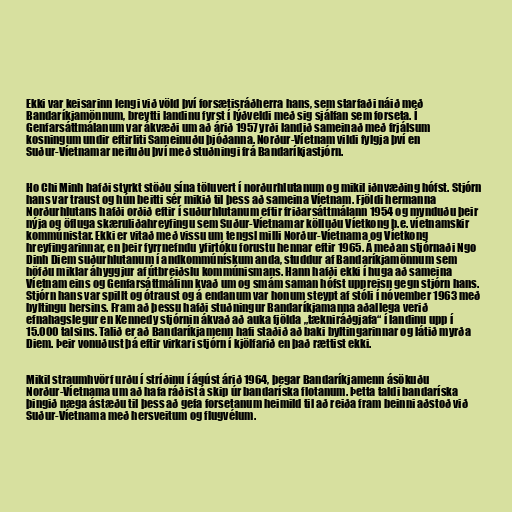
Ekki var keisarinn lengi við völd því forsætisráðherra hans, sem starfaði náið með
Bandaríkjamönnum, breytti landinu fyrst í lýðveldi með sig sjálfan sem forseta. Í
Genfarsáttmálanum var ákvæði um að árið 1957 yrði landið sameinað með frjálsum
kosningum undir eftirliti Sameinuðu þjóðanna. Norður-Víetnam vildi fylgja því en
Suður-Víetnamar neituðu því með stuðningi frá Bandaríkjastjórn.

Ho Chi Minh hafði styrkt stöðu sína töluvert í norðurhlutanum og mikil iðnvæðing hófst. Stjórn
hans var traust og hún beitti sér mikið til þess að sameina Víetnam. Fjöldi hermanna
Norðurhlutans hafði orðið eftir í suðurhlutanum eftir friðarsáttmálann 1954 og mynduðu þeir
nýja og öfluga skæruliðahreyfingu sem Suður-Víetnamar kölluðu Víetkong þ.e. víetnamskir
kommúnistar. Ekki er vitað með vissu um tengsl milli Norður-Víetnama og Víetkong
hreyfingarinnar, en þeir fyrrnefndu yfirtóku forustu hennar eftir 1965. Á meðan stjórnaði Ngo
Dinh Diem suðurhlutanum í andkommúnískum anda, studdur af Bandaríkjamönnum sem
höfðu miklar áhyggjur af útbreiðslu kommúnismans. Hann hafði ekki í huga að sameina
Víetnam eins og Genfarsáttmálinn kvað um og smám saman hófst uppreisn gegn stjórn hans.
Stjórn hans var spillt og ótraust og á endanum var honum steypt af stóli í nóvember 1963 með
byltingu hersins. Fram að þessu hafði stuðningur Bandaríkjamanna aðallega verið
efnahagslegur en Kennedy stjórnin ákvað að auka fjölda „tækniráðgjafa“ í landinu upp í
15.000 talsins. Talið er að Bandaríkjamenn hafi staðið að baki byltingarinnar og látið myrða
Diem. Þeir vonuðust þá eftir virkari stjórn í kjölfarið en það rættist ekki.

Mikil straumhvörf urðu í stríðinu í ágúst árið 1964, þegar Bandaríkjamenn ásökuðu
Norður-Víetnama um að hafa ráðist á skip úr bandaríska flotanum. Þetta taldi bandaríska
þingið næga ástæðu til þess að gefa forsetanum heimild til að reiða fram beinni aðstoð við
Suður-Víetnama með hersveitum og flugvélum.